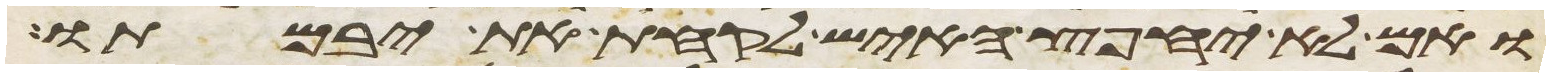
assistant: ואם לא יחפץ האיש לקחת את יבמתו